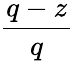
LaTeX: \frac{q-z}{q}